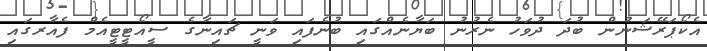
އެކޯޕަރޭޝަނުން ބުދަ ދުވަހު ނެރުނު ބަޔާނެއްގައި ބުނެފައި ވަނީ ޗައިނާގެ ސީއޯޓީޓީއެމް ފެއާރގައި